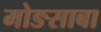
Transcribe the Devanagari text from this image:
मोङसाबा